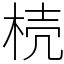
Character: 𣒆